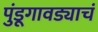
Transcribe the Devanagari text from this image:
पुंडूगावड्याचं